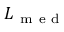
L _ { \mathrm { ~ m ~ e ~ d ~ } }